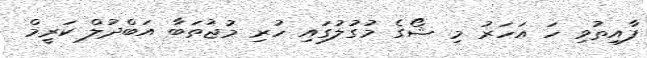
ފާއިތުވި ހަ އަހަރު މި ޝޯގެ މުގުލުގައި ހުރި މުޖުތަބާ އަބްދުލް ކަރީމް